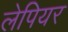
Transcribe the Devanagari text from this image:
लेपियर